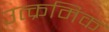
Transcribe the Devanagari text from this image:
उत्क्रमिक